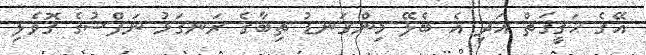
އޭގެ ޙަޤީޤަތް އަދި އެ ބެލޭ މިންގަނޑު ތިބާގެ ރަނގަޅު ނަފްސުގެ ގޮވެލި